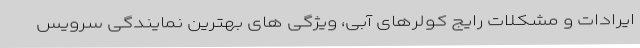
ایرادات و مشکلات رایج کولرهای آبی، ویژگی های بهترین نمایندگی سرویس